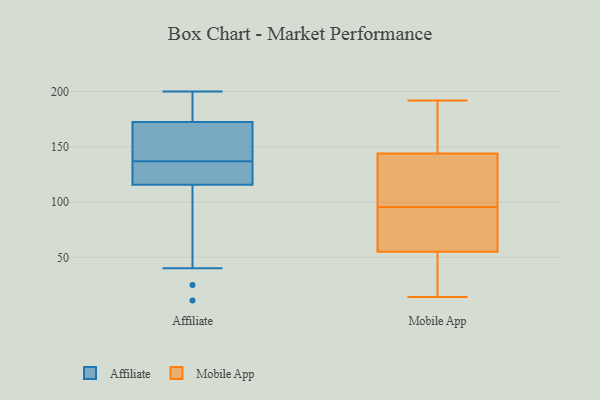
{"axis": {"x": "LTV (USD)", "y": "Value"}, "legend": ["Affiliate", "Mobile App"], "data": [{"x": "", "y": 127, "type": "Affiliate"}, {"x": "", "y": 11, "type": "Affiliate"}, {"x": "", "y": 128, "type": "Affiliate"}, {"x": "", "y": 25, "type": "Affiliate"}, {"x": "", "y": 175, "type": "Affiliate"}, {"x": "", "y": 136, "type": "Affiliate"}, {"x": "", "y": 156, "type": "Affiliate"}, {"x": "", "y": 105, "type": "Affiliate"}, {"x": "", "y": 147, "type": "Affiliate"}, {"x": "", "y": 200, "type": "Affiliate"}, {"x": "", "y": 177, "type": "Affiliate"}, {"x": "", "y": 165, "type": "Affiliate"}, {"x": "", "y": 136, "type": "Affiliate"}, {"x": "", "y": 191, "type": "Affiliate"}, {"x": "", "y": 162, "type": "Affiliate"}, {"x": "", "y": 112, "type": "Affiliate"}, {"x": "", "y": 40, "type": "Affiliate"}, {"x": "", "y": 137, "type": "Affiliate"}, {"x": "", "y": 183, "type": "Affiliate"}, {"x": "", "y": 143, "type": "Mobile App"}, {"x": "", "y": 144, "type": "Mobile App"}, {"x": "", "y": 62, "type": "Mobile App"}, {"x": "", "y": 94, "type": "Mobile App"}, {"x": "", "y": 171, "type": "Mobile App"}, {"x": "", "y": 125, "type": "Mobile App"}, {"x": "", "y": 49, "type": "Mobile App"}, {"x": "", "y": 55, "type": "Mobile App"}, {"x": "", "y": 97, "type": "Mobile App"}, {"x": "", "y": 98, "type": "Mobile App"}, {"x": "", "y": 89, "type": "Mobile App"}, {"x": "", "y": 67, "type": "Mobile App"}, {"x": "", "y": 180, "type": "Mobile App"}, {"x": "", "y": 174, "type": "Mobile App"}, {"x": "", "y": 32, "type": "Mobile App"}, {"x": "", "y": 14, "type": "Mobile App"}, {"x": "", "y": 50, "type": "Mobile App"}, {"x": "", "y": 192, "type": "Mobile App"}]}